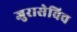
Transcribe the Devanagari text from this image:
जुरासेविच